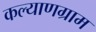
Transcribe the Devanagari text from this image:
कल्याणग्राम